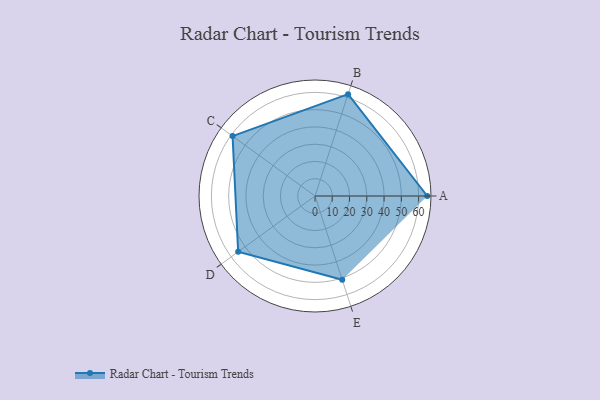
{"axis": {"x": "Skill", "y": "Score"}, "legend": ["Profile"], "data": [{"x": "A", "y": 65.0, "type": "Profile"}, {"x": "B", "y": 62.0, "type": "Profile"}, {"x": "C", "y": 59.0, "type": "Profile"}, {"x": "D", "y": 55.0, "type": "Profile"}, {"x": "E", "y": 51.0, "type": "Profile"}]}